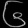
Digit: ၆